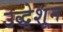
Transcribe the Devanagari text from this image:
उद्धेशून